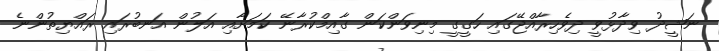
ނަޝީދު ވިދާޅުވީ ދިވެހިރާއްޖޭގައި ހަގީގީ މިނިވަންކަން ގާއިމްކުރާނޭ ކަމަށާއި އަލުން އަނބުރައި ރައްޔިތުންނެ